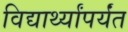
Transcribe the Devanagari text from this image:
विद्यार्थ्यांपर्यंत